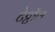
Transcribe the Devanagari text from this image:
टेट्टॉल